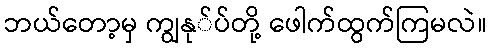
ဘယ်တော့မှ ကျွနု်ပ်တို့ ဖေါက်ထွက်ကြမလဲ။